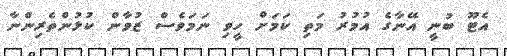
އެޓޫ ބުނީ އޭނާގެ އުމުރު މަތި ކަމަށް ހީވި ނަމަވެސް ޒުވާން ކުޅުންތެރިންނާ